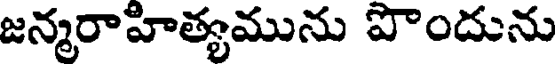
జన్మరాహిత్యమును పొందును